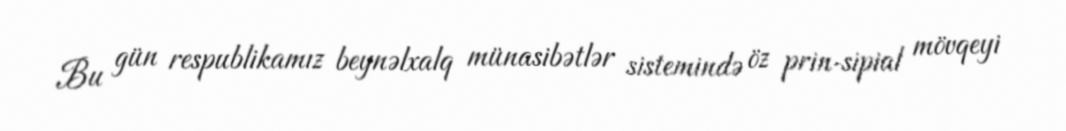
Bu gün respublikamız beynəlxalq münasibətlər sistemində öz prin­sipial mövqeyi